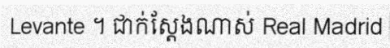
Levante ។ ជាក់ស្តែងណាស់ Real Madrid